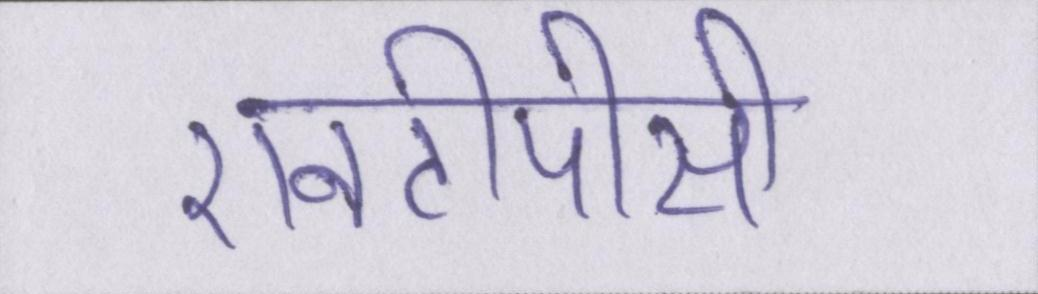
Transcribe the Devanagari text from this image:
एनटीपीसी